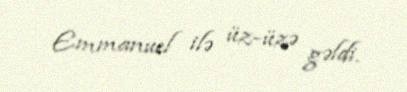
Emmanuel ilə üz-üzə gəldi.